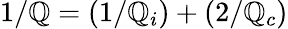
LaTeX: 1/\mathbb{Q}=(1/\mathbb{Q}_{i})+(2/\mathbb{Q}_{c})